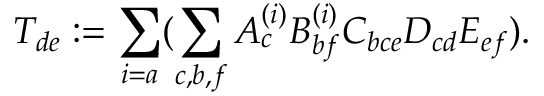
T _ { d e } : = \sum _ { i = a } ( \sum _ { c , b , f } A _ { c } ^ { ( i ) } B _ { b f } ^ { ( i ) } C _ { b c e } D _ { c d } E _ { e f } ) .